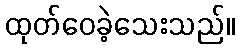
ထုတ်ဝေခဲ့သေးသည်။